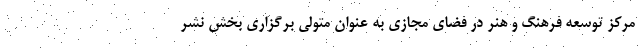
مرکز توسعه فرهنگ و هنر در فضای مجازی به عنوان متولی برگزاری بخش نشر